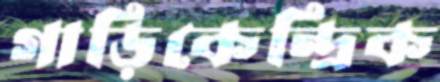
গাড়িকেন্দ্রিক